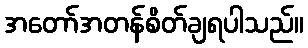
အတော်အတန်စိတ်ချရပါသည်။